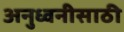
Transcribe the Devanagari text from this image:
अनुध्वनीसाठी